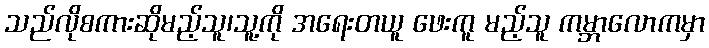
သည်လိုစကားဆိုမည့်သူ၊သူ့ကို အရေးတယူ ဖေးကူ မည့်သူ ကမ္ဘာလောကမှာ